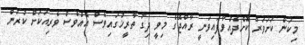
މިކަން ކަށަވަރު ކޮށްދެއްވާފައިވަނީ ރާއްޖޭގެ މިވީ ދިގު ތާރީޚުގައިވެސް އެއްވެސް ވެރިއަކަށް ކުރަން